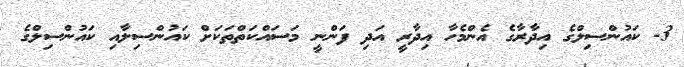
3- ކައުންސިލްގެ އިދާރާގެ އެންމެހާ އިދާރީ އަދި ފަންނީ މަސައްކަތްތަކަށް ކައުންސިލާއި ކައުންސިލްގެ